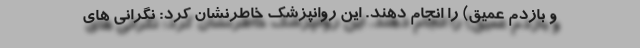
و بازدم عمیق) را انجام دهند. این روانپزشک خاطرنشان کرد: نگرانی های